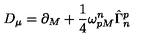
D _ { \mu } = \partial _ { M } + \frac { 1 } { 4 } \omega _ { p M } ^ { n } \hat { \Gamma } _ { n } ^ { p }